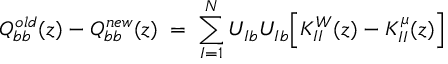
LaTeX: Q _ { b b } ^ { o l d } ( z ) - Q _ { b b } ^ { n e w } ( z ) \; = \; \sum _ { I = 1 } ^ { N } U _ { I b } U _ { I b } \Big [ K _ { I I } ^ { W } ( z ) - K _ { I I } ^ { \mu } ( z ) \Big ]